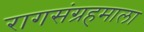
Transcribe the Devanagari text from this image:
रागसंग्रहमाला